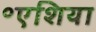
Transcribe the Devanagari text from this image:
॰एशिया